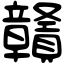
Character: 贛